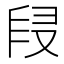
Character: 𠭊